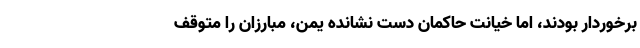
برخوردار بودند، اما خیانت حاکمان دست نشانده یمن، مبارزان را متوقف